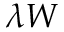
\lambda W